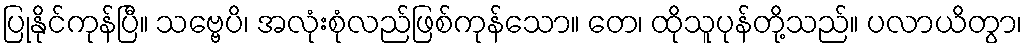
ပြုနိုင်ကုန်ပြီ။ သဗ္ဗေပိ၊ အလုံးစုံလည်ဖြစ်ကုန်သော။ တေ၊ ထိုသူပုန်တို့သည်။ ပလာယိတွာ၊